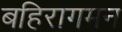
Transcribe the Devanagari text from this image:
बहिरागमन